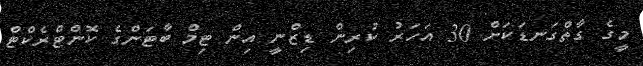
މީގެ ގާތްގަނޑަކަށް 30 އަހަރު ކުރިން ޑިޒްނީ އިން ޓިމް ބާޓަންގެ ކޮންޓްރެކްޓް